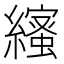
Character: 𦆥